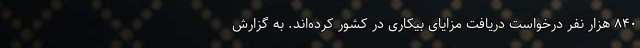
۸۴۰ هزار نفر درخواست دریافت مزایای بیکاری در کشور کرده‌اند. به گزارش